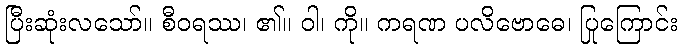
ပြီးဆုံးလသော်။ စီဝရဿ၊ ၏။ ဝါ၊ ကို။ ကရဏ ပလိဗောဓေ၊ ပြုကြောင်း